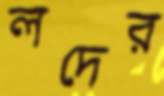
লদের